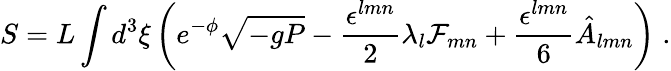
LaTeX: S=L\int d^{3}\xi\left(e^{-\phi}\sqrt{-gP}-\frac{\epsilon^{lmn}}{2}\lambda_{l}{\cal F}_{mn}+\frac{\epsilon^{lmn}}{6}\hat{A}_{lmn}\right)\; .